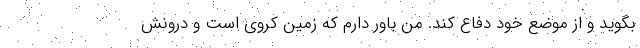
بگوید و از موضع خود دفاع کند. من باور دارم که زمین کروی است و درونش